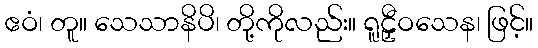
ဧဝံ၊ တူ။ သေသာနိပိ၊ တို့ကိုလည်း။ ရူဠှီဝသေန၊ ဖြင့်။